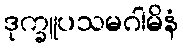
ဒုက္ခူပသမဂါမိနံ